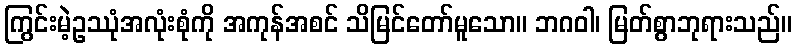
ကြွင်းမဲ့ဥဿုံအလုံးစုံကို အကုန်အစင် သိမြင်တော်မူသော။ ဘဂဝါ၊ မြတ်စွာဘုရားသည်။